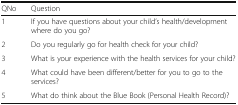
<table><thead><tr><td><b>QNo</b></td><td><b>Question</b></td></tr></thead><tbody><tr><td>1</td><td>If you have questions about your child’s health/development where do you go?</td></tr><tr><td>2</td><td>Do you regularly go for health check for your child?</td></tr><tr><td>3</td><td>What is your experience with the health services for your child?</td></tr><tr><td>4</td><td>What could have been different/better for you to go to the services?</td></tr><tr><td>5</td><td>What do think about the Blue Book (Personal Health Record)?</td></tr></tbody></table>